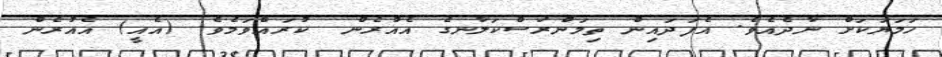
ހަމަޔަކަށް ނާދެއެވެ. އެފަދައިން ތިމަންރަސްކަލާނގެ އެއުރެން  ކުރައްވަމެވެ. (އެއީ) އެއުރެން